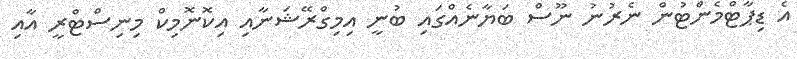
އެ ޑިޕާޓްމެންޓުން ނެރުނު ނޫސް ބަޔާނެއްގައި ބުނީ އިމިގްރޭޝަނާއި އިކޮނޮމިކް މިނިސްޓްރީ އާއި